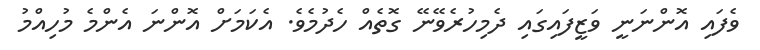
ވެފައި އޮންނަނީ ވަޒީފައިގައި ދެމިހުރެވޭނޭ ގޮތެއް ހެދުމެވެ. އެކަމަށް އޮންނަ އެންމެ މުހިއްމު